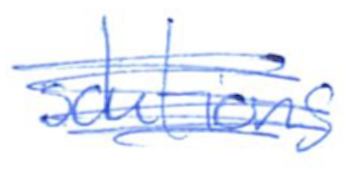
Text: solutions
Cross-out: scratch
Writing tool: ballpoint